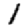
Digit: 1